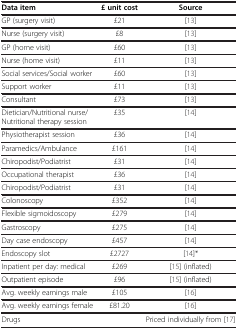
<table><thead><tr><td><b>Data item</b></td><td><b>£ unit cost</b></td><td><b>Source</b></td></tr></thead><tbody><tr><td>GP (surgery visit)</td><td>£21</td><td>[13]</td></tr><tr><td>Nurse (surgery visit)</td><td>£8</td><td>[13]</td></tr><tr><td>GP (home visit)</td><td>£60</td><td>[13]</td></tr><tr><td>Nurse (home visit)</td><td>£11</td><td>[13]</td></tr><tr><td>Social services/Social worker</td><td>£60</td><td>[13]</td></tr><tr><td>Support worker</td><td>£11</td><td>[13]</td></tr><tr><td>Consultant</td><td>£73</td><td>[13]</td></tr><tr><td>Dietician/Nutritional nurse/Nutritional therapy session</td><td>£35</td><td>[14]</td></tr><tr><td>Physiotherapist session</td><td>£36</td><td>[14]</td></tr><tr><td>Paramedics/Ambulance</td><td>£161</td><td>[14]</td></tr><tr><td>Chiropodist/Podiatrist</td><td>£31</td><td>[14]</td></tr><tr><td>Occupational therapist</td><td>£36</td><td>[14]</td></tr><tr><td>Chiropodist/Podiatrist</td><td>£31</td><td>[14]</td></tr><tr><td>Colonoscopy</td><td>£352</td><td>[14]</td></tr><tr><td>Flexible sigmoidoscopy</td><td>£279</td><td>[14]</td></tr><tr><td>Gastroscopy</td><td>£275</td><td>[14]</td></tr><tr><td>Day case endoscopy</td><td>£457</td><td>[14]</td></tr><tr><td>Endoscopy slot</td><td>£2727</td><td>[14]*</td></tr><tr><td>Inpatient per day: medical</td><td>£269</td><td>[15] (inflated)</td></tr><tr><td>Outpatient episode</td><td>£96</td><td>[15] (inflated)</td></tr><tr><td>Avg. weekly earnings male</td><td>£105</td><td>[16]</td></tr><tr><td>Avg. weekly earnings female</td><td>£81.20</td><td>[16]</td></tr><tr><td>Drugs</td><td> </td><td>Priced individually from[17]</td></tr></tbody></table>